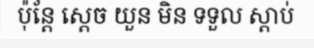
ប៉ុន្តែ ស្តេច យួន មិន ទទួល ស្តាប់